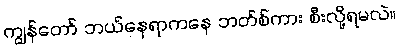
ကျွန်တော် ဘယ်နေရာကနေ ဘတ်စ်ကား စီးလို့ရမလဲ။